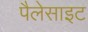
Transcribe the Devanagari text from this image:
पैलेसाइट